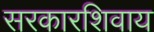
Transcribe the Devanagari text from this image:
सरकारशिवाय